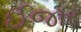
ઈજાર